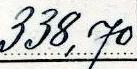
338,70